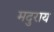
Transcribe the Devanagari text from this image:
मदुराय